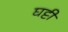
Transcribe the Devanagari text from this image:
घट्टी